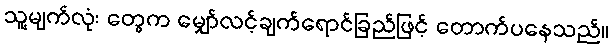
သူ့မျက်လုံး တွေက မျှော်လင့်ချက်ရောင်ခြည်ဖြင့် တောက်ပနေသည်။